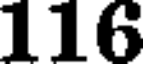
116